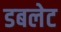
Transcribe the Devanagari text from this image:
डबलेट